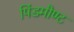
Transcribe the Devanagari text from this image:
पिंडमौण्ट